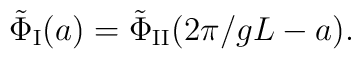
\tilde{\Phi}_{\rm I}(a) = \tilde{\Phi}_{\rm II}(2\pi/gL -a).